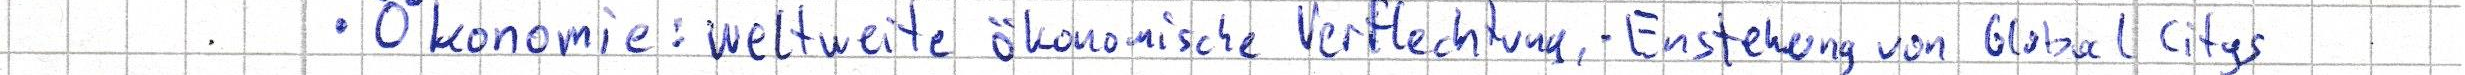
- Ökonomie: weltweite ökonomische Verflechtung, - Entstehung von Global Citys